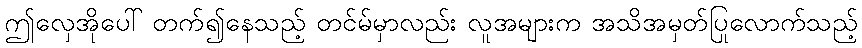
ဤလှေအိုပေါ် တက်၍နေသည့် တင်မ်မှာလည်း လူအများက အသိအမှတ်ပြုလောက်သည့်